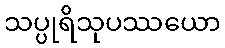
သပ္ပုရိသုပဿယော